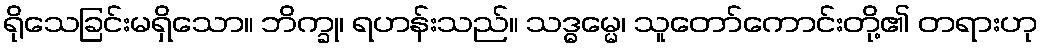
ရိုသေခြင်းမရှိသော။ ဘိက္ခု၊ ရဟန်းသည်။ သဒ္ဓမ္မေ၊ သူတော်ကောင်းတို့၏ တရားဟု